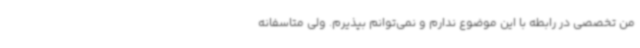
من تخصصی در رابطه با این موضوع ندارم و نمی‌توانم بپذیرم. ولی متاسفانه